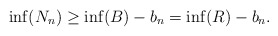
\begin{align*}\inf(N_n) \ge \inf(B) - b_n = \inf(R) - b_n.\end{align*}